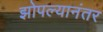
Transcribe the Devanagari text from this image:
झोपल्यानंतर